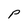
Character: P